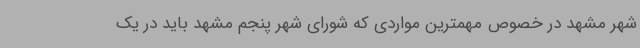
شهر مشهد در خصوص مهمترین مواردی که شورای شهر پنجم مشهد باید در یک